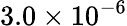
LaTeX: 3.0\times 10^{-6}